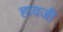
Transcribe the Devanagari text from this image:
हावजी